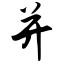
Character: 并